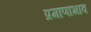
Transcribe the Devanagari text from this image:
प्रमाणाभाव